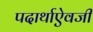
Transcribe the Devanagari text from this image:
पदार्थाऐवजी